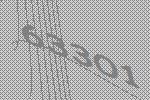
63301